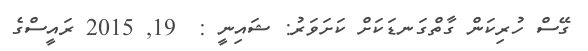
ގޭސް ހުރިކަން ގާތްގަނޑަކަށް ކަށަވަރު: ޝައިނީ :  19